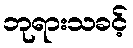
ဘုရားသခင့်